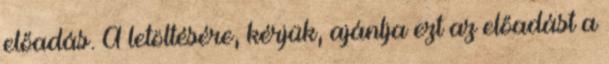
előadás. A letöltésére, kérjük, ajánlja ezt az előadást a